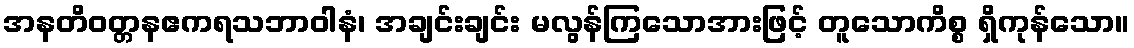
အနတိဝတ္တနဧကရသဘာဝါနံ၊ အချင်းချင်း မလွန်ကြသောအားဖြင့် တူသောကိစ္စ ရှိကုန်သော။